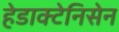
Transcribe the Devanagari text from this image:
हेडाक्टेनिसेन